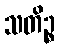
သတိဉ္စ